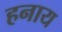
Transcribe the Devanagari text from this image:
हनाय